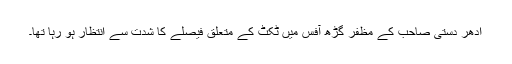
ادھر دستی صاحب کے مظفر گڑھ آفس میں ٹکٹ کے متعلق فیصلے کا شدت سے انتظار ہو رہا تھا۔